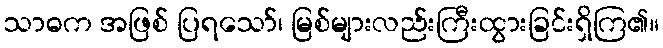
သာဓက အဖြစ် ပြရသော်၊ မြစ်များလည်းကြီးထွားခြင်းရှိကြ၏။